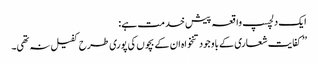
ایک دلچسپ واقعہ پیش خدمت ہے :
’’ کفایت شعاری کے باوجود تنخواہ ان کے بچوں کی پوری طرح کفیل نہ تھی۔